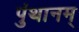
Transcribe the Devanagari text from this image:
पुंथानम्